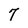
Character: 7